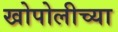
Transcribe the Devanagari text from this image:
खोपोलीच्या